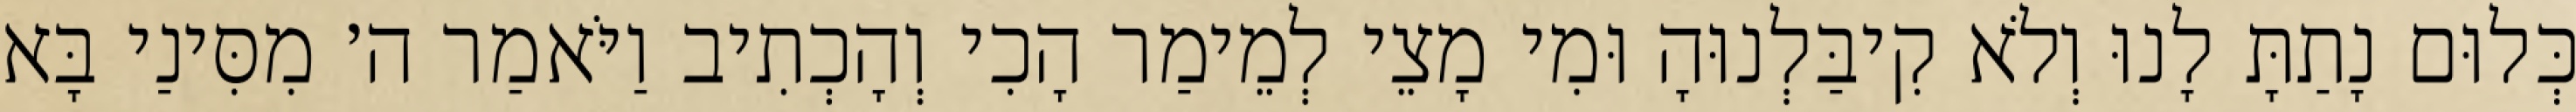
כְּלוּם נָתַתָּ לָנוּ וְלֹא קִיבַּלְנוּהָ וּמִי מָצֵי לְמֵימַר הָכִי וְהָכְתִיב וַיֹּאמַר ה׳ מִסִּינַי בָּא